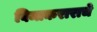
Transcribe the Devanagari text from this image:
विमाकराराचे